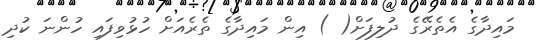
މައިދާގެ އެތެރޭގެ ދުލިފަށް( ) އިން މައިދާގެ ތެރެއަށް ހުޅުވިފައި ހުންނަ ކުދި